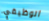
الوظيفي